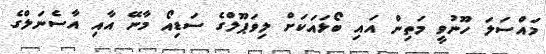
މައްސަލަ ހޫނުވީ މަތިން އައި ބޯޅައަކަށް ލިވަޕޫލްގެ ސަޑިއޯ މާނޭ އާއި އާސެނަލްގެ